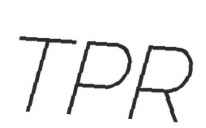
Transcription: TPR